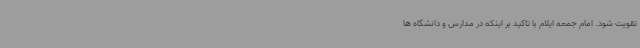
تقویت شود. امام جمعه ایلام با تاکید بر اینکه در مدارس و دانشگاه ها